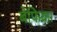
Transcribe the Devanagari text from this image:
बेफिक्रा